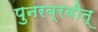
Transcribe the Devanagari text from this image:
पुनरब्रवीत्